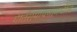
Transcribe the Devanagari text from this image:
गीतरामायणामधील